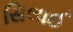
સિલાઈ